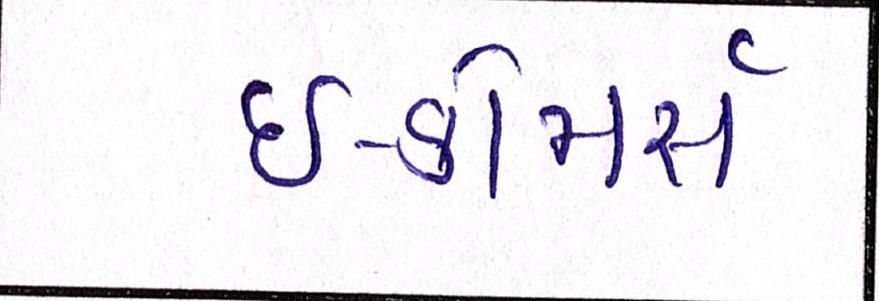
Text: ઇ-કોમસૅ